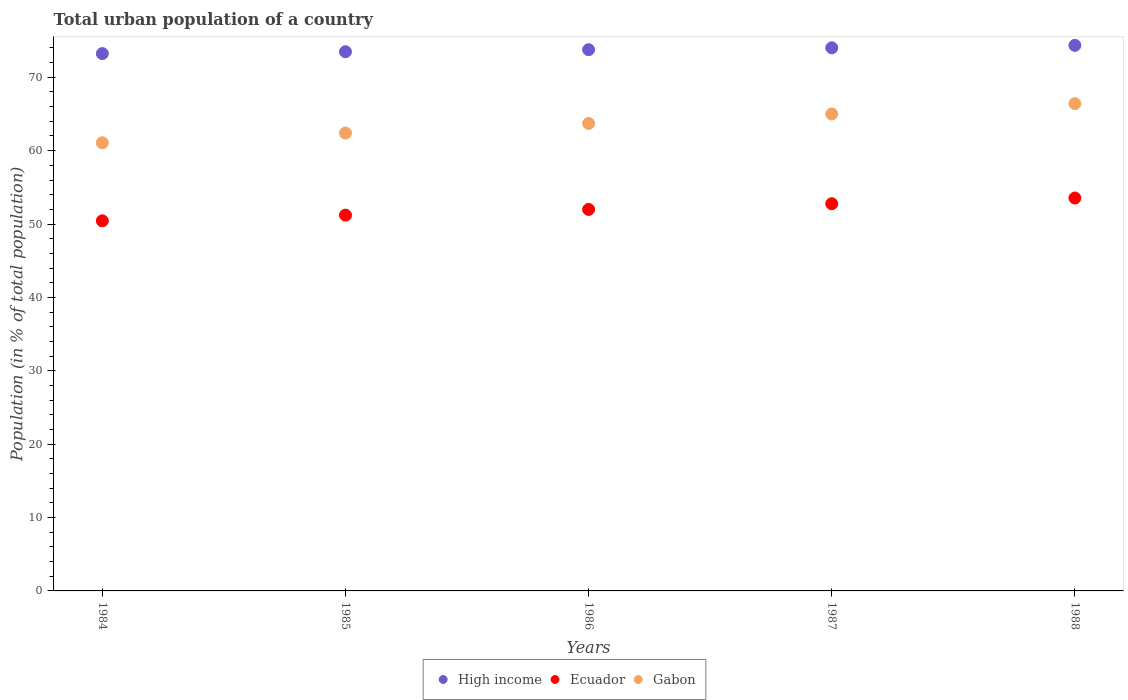
| Years | High income | Ecuador | Gabon |
 | --- | --- | --- | --- |
 | 1984 | 73.2 | 50.4 | 61.1 |
 | 1985 | 73.5 | 51.2 | 62.4 |
 | 1986 | 73.8 | 52 | 63.7 |
 | 1987 | 74 | 52.8 | 65 |
 | 1988 | 74.4 | 53.5 | 66.4 |